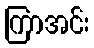
ကြာအင်း